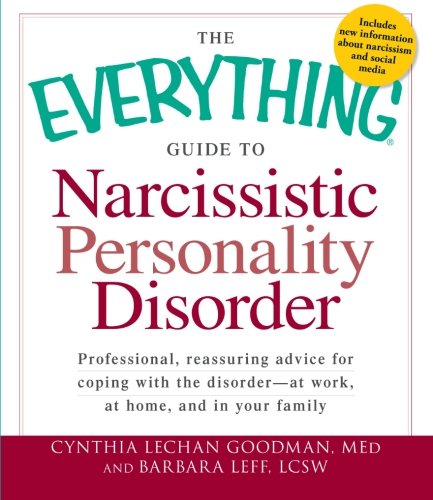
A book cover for The Everything Guide to Narcissistic Personality Disorder: Professional, reassuring advice for coping with the disorder - at work, at home, and in your family (Everything Series); Cynthia Lechan Goodman; Health, Fitness & Dieting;